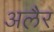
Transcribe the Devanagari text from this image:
अलैर